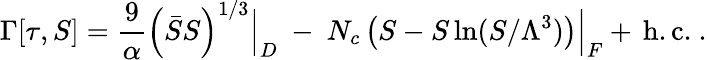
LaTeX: \Gamma[\tau,S]={\frac{9}{\alpha}}\left(\bar{S}S\right)^{1/3}\Big|_{D}~-~N_{c}\left(S-S\ln(S/\Lambda^{3})\right)\Big|_{F}+\, \mathrm{h.c.}~.